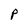
Character: P